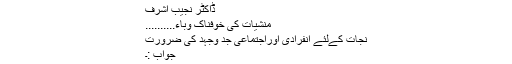
ڈاکٹر نجیب اشرف
منشیات کی خوفناک وباء..........
نجات کےلئے انفرادی اوراجتماعی جد وجہد کی ضرورت
جواب :۔